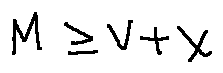
M \geq V + X